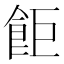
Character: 𫗎